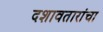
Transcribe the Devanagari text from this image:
दशावतारांचा